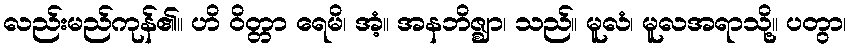
လည်းမည်ကုန်၏။ ဟိ ဝိတ္တာ ရေမိ၊ အံ့။ အနဘိဇ္ဈာ၊ သည်။ မူလံ၊ မူလအရာသို့။ ပတွာ၊